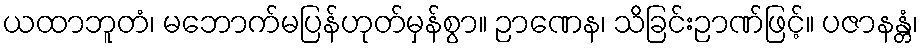
ယထာဘူတံ၊ မဘောက်မပြန်ဟုတ်မှန်စွာ။ ဉာဏေန၊ သိခြင်းဉာဏ်ဖြင့်။ ပဇာနန္တံ၊